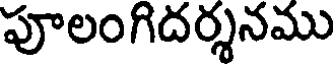
పూలంగిదర్శనము